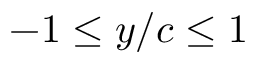
- 1 \le y / c \le 1